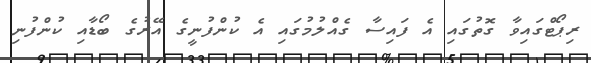
ރިޕޯޓްގައިވާ ގޮތުގައި އެ ފައިސާ ގެއްލުމުގައި އެ ކުންފުނީގެ އޭރުގެ ބޯޑާއި ކުންފުނި